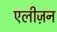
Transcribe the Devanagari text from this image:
एलीज़न